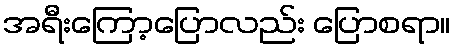
အရီးကြော့ပြောလည်း ပြောစရာ။